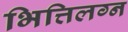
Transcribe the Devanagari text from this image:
भित्तिलग्न